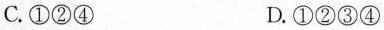
C.①②④ D.①②③④